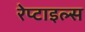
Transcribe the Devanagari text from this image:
रेप्टाइल्स